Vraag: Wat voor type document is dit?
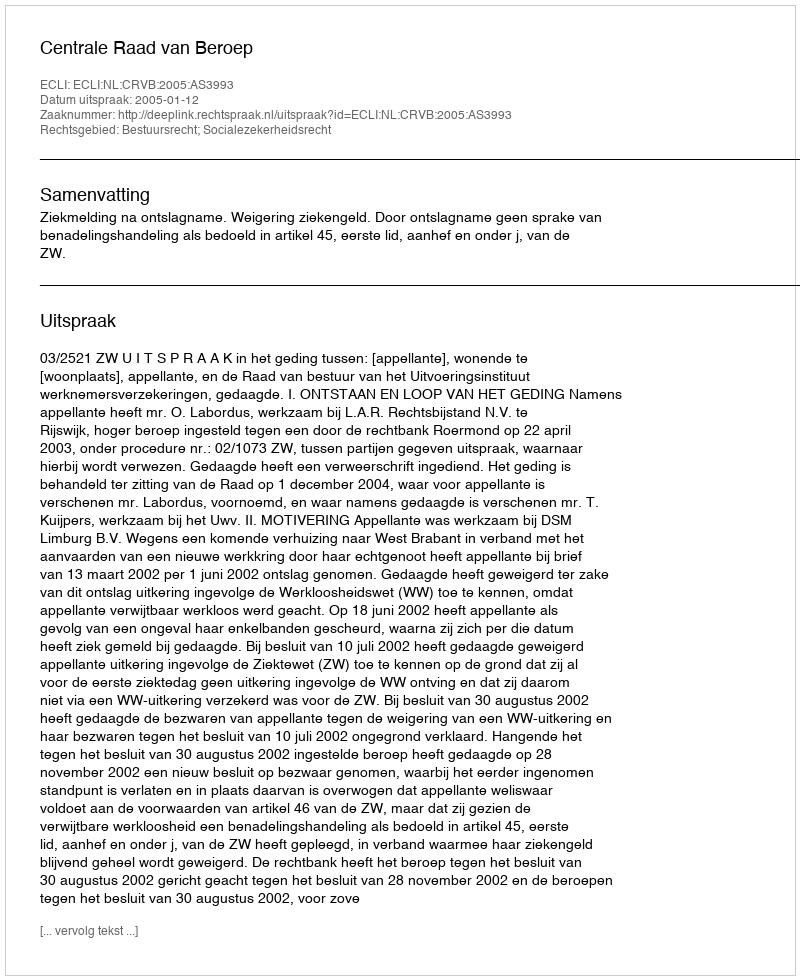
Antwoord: Uitspraak